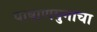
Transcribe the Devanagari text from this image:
पाषाणयुगाचा